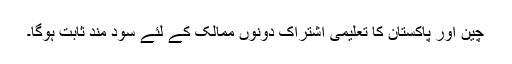
چین اور پاکستان کا تعلیمی اشتراک دونوں ممالک کے لئے سود مند ثابت ہوگا۔